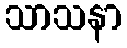
သာသနာ